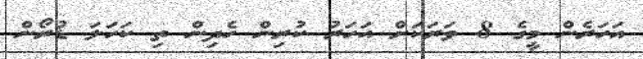
އަހަރެން މީގެ 8 ވަރަކަށް އަހަރު ކުރިން ހެދިން ތި ކަހަލަ ޑުރޯން